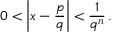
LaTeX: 0 < \left| x - { \frac { p } { q } } \right| < { \frac { 1 } { q ^ { n } } } \, .